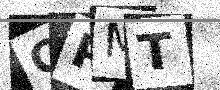
Text: CPMT